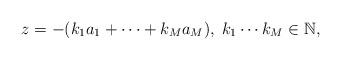
LaTeX: \begin{align*}z=-(k_1 a_1+\cdots + k_M a_M),\; k_1\cdots k_M\in\mathbb{N},\end{align*}